Report on vaccination in the Province of Bengal - 1874-1889
Year: 1874
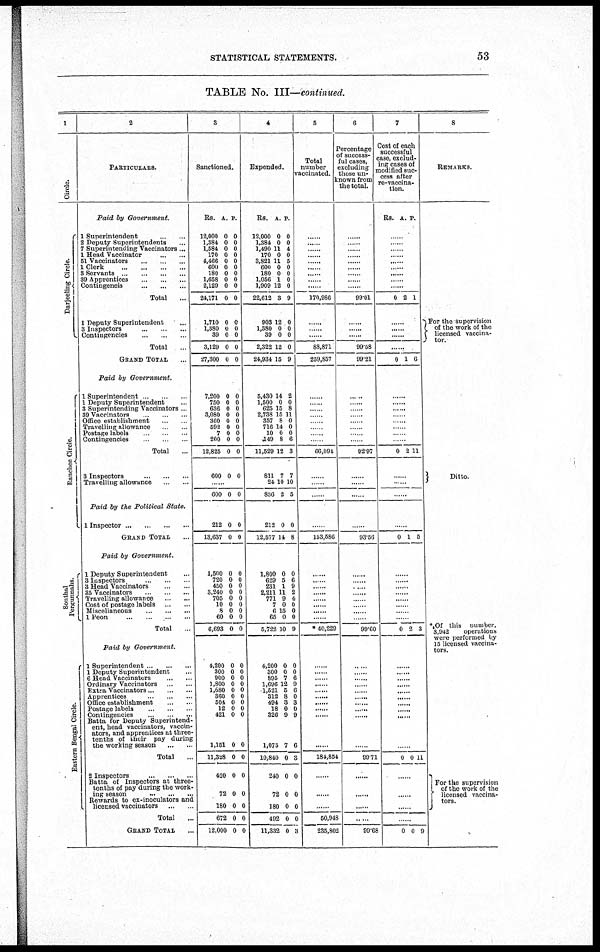
STATISTICAL STATEMENTS.
53
TABLE No. III—continued.
1
Circle.
Darjeeling Circle.
Ranchee Circle.
Sonthal
Pergunnahs.
Eastern Bengal Circle.
2
PARTICULARS.
Paid by Government.
1 Superintendent
...
...
2 Deputy Superintendents ...
7 Superintending Vaccinators...
1 Head Vaccinator
...
...
51 Vaccinators ... ... ...
1 Clerk
...
...
...
...
3 Servants
...
...
...
...
39 Apprentices
...
...
...
Contingeneis
...
...
...
Total
...
1 Deputy Superintendent ...
3 Inspectors
...
...
...
Contingencies
...
...
...
Total ...
GRAND TOTAL ...
Paid by Government.
1 Superintendent ...
1 Deputy Superintendent ...
3 Superintending Vaccinators ...
30 Vaccinators ... ... ...
Office establishment ... ...
Travelling allowance
...
...
Postage labels
...
...
...
Contingencies ... ... ...
Total ...
8 Inspectors
...
...
...
Travelling allowance ... ...
Paid by the Political State.
1 Inspector
...
...
...
...
GRAND TOTAL ...
Paid by Government.
1 Deputy Superintendent ...
3 Inspectors
...
...
3 Head Vaccinators ... ...
35 Vaccinators
...
...
...
Travelling allowance
...
...
Cost of postage labels ... ...
Miscellaneous
...
...
...
1 Peon
...
...
...
...
Total ...
Paid by Government.
1 Superintendent ... ... ...
1 Deputy Superintendent ...
6 Head Vaccinators ... ...
Ordinary Vaccinators ... ...
Extra Vaccinators ... ... ...
Apprentices
...
...
...
Office establishment ... ... ...
Postage labels
...
...
...
Contingencies ... ... ...
Batta for Deputy Superintend-
ent, head vaccinators, vaccin-
ators, and apprentices at three¬
tenths of their pay during
the working season
...
...
Total ...
2 Inspectors
...
...
...
Batta of Inspectors at three¬
tenths of pay during the work-
ing season ... ...
Rewards to ex-inoculators and
licensed vaccinators ... ...
Total ...
GRAND TOTAL ...
3
Sanctioned.
Rs.
12,000
1,384
1,584
170
4,466
600
180
1,658
2,129
24,171
1,710
1,380
39
3,129
27,300
7,200
750
636
3,080
360
592
7
200
12,825
600
A.
0
0
0
0
0
0
0
0
0
0
0
0
0
0
0
0
0
0
0
0
0
0
0
0
0
P.
0
0
0
0
0
0
0
0
0
0
0
0
0
0
0
0
0
0
0
0
0
0
0
0
0
......
600 0 0
212
13,637
0
0
0
0
1,500
720
450
3,240
705
10
8
60
6,693
0
0
0
0
0
0
0
0
0
0
0
0
0
0
0
0
0
0
4,200
300
900
1,800
1,680
360
504
12
421
1,151
11,328
420
72
180
672
12,000
0
0
0
0
0
0
0
0
0
0
0
0
0
0
0
0
0
0
0
0
0
0
0
0
0
0
0
0
0
0
0
0
4
Expended.
Rs.
12,000
1,384
1,490
170
3,821
600
180
1,056
1,909
22,612
908
1,380
39
2,322
24,934
5,430
1,500
625
2,738
357
716
10
149
11,529
811
24
836
A.
0
0
11
0
11
0
0
1
12
3
12
0
0
12
15
14
0
15
15
8
14
0
8
12
7
10
2
P.
0
0
4
0
5
0
0
0
0
9
0
0
0
0
9
2
0
8
11
0
0
0
6
3
7
10
5
212
12,577
0
14
0
8
1,800
629
231
2,211
771
7
6
65
5,722
0
5
1
11
9
0
15
0
10
0
6
9
2
4
0
0
0
9
4,200
300
895
1,696
1,521
312
494
18
326
1,075
10,840
240
72
180
492
11,332
0
0
7
12
5
8
3
0
9
7
0
0
0
0
0
0
0
0
6
9
6
0
3
0
9
6
3
0
0
0
0
3
5
Total
number
vaccinated.
......
......
......
......
......
......
......
......
......
170,986
......
......
......
83,871
259,857
......
......
......
......
......
......
......
......
66,094
......
......
......
......
153,586
......
. ......
......
......
......
......
......
* 40,229
......
......
......
......
......
......
......
......
......
......
184,854
......
......
......
50,948
235,802
6
Percentage
of success-
ful cases,
excluding
those un-
known from
the total.
......
......
......
......
.
......
......
......
.
99.01
......
......
.
99.58
99.21
......
......
......
......
......
......
......
......
92.97
......
......
......
......
93.56
......
......
......
......
......
......
......
......
09.60
......
......
......
......
......
......
.........
......
......
......
90.71
......
......
......
......
99.68
7
Cost of each
successful
case, exclud-
ing cases of
modified suc-
cess after
re-vaccina¬
tion.
Rs. A. P.
......
......
......
......
......
......
......
......
......
0 2 1
......
......
......
......
0 1 6
......
......
......
......
......
.
......
......
0 2 11
......
......
......
......
0 1 5
......
......
......
......
......
......
......
......
0 2 3
......
......
......
......
......
......
......
...
......
......
0 0 11
......
......
......
......
0 0 9
8
REMARKS
For the supervision
of the work of the
licensed vaccina¬
tor.
Ditto.
* Of this number,
3,942
operations
were performed by
15 licensed vaccina-
tors.
For the supervision
of the work of the
licensed vaccina¬
tors.